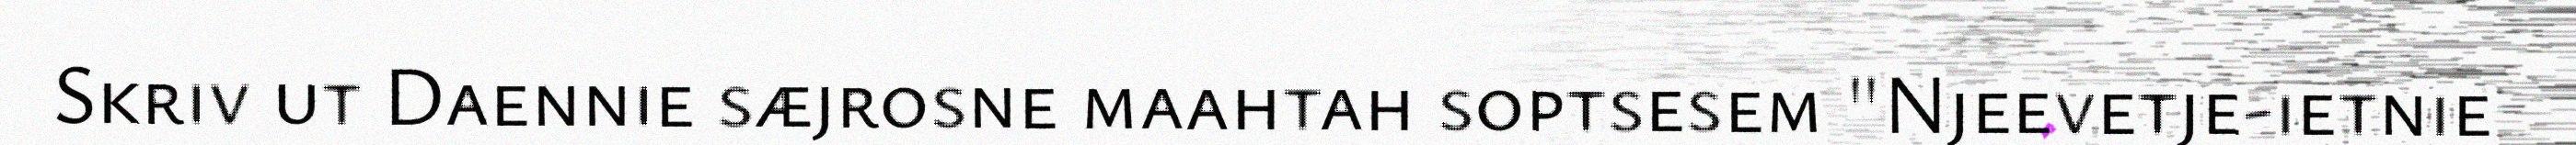
Skriv ut Daennie sæjrosne maahtah soptsesem "Njeevetje-ietnie